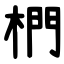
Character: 椚